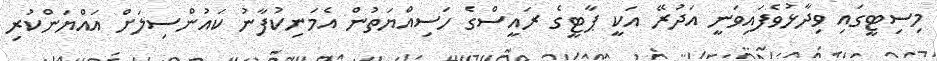
މިސިޓީގައި ވިދާޅުވެފައިވަނީ އަދުރޭ އަކީ ޕާޓީގެ ރައީސްގެ ހަސިއްޔަތުން އެމަނިކުފާނު ކައުންސިލަށް އައްޔަންކުރި